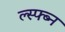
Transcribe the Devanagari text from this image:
ल्स्फ्ब्न